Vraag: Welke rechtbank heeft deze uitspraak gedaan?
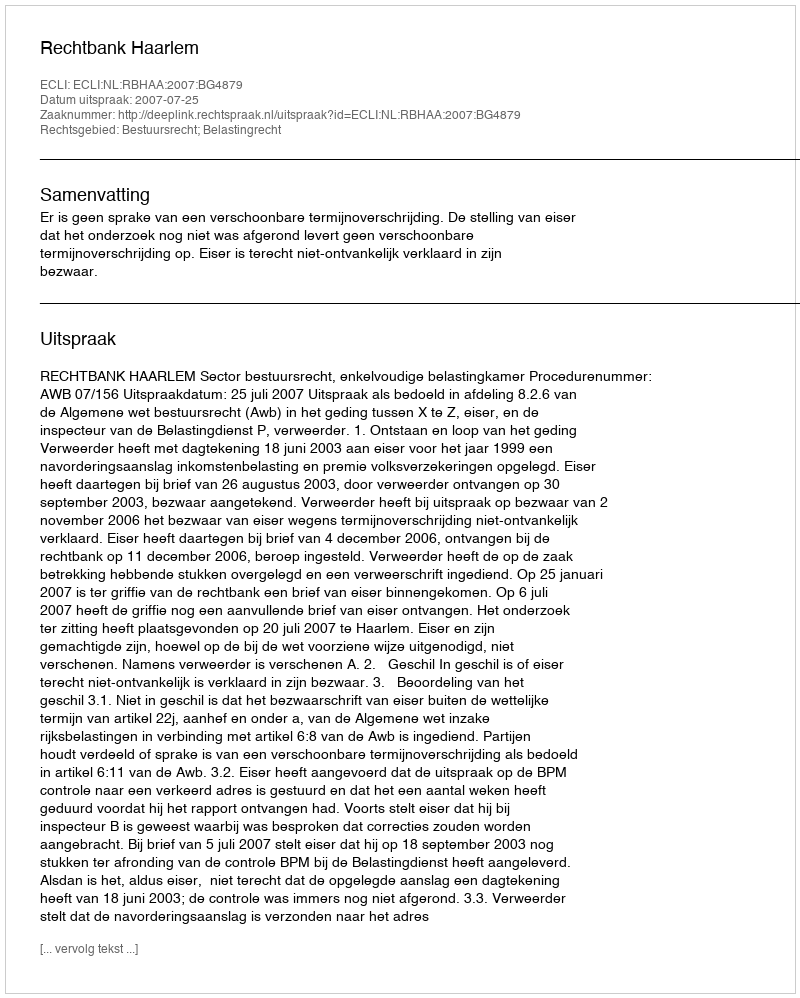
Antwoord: Rechtbank Haarlem